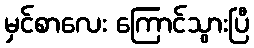
မှင်စာလေး ကြောင်သွားပြီ